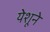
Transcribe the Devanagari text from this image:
येशूने